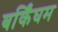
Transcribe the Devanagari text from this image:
बर्किंघम